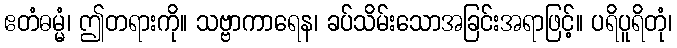
ဧတံဓမ္မံ၊ ဤတရားကို။ သဗ္ဗာကာရေန၊ ခပ်သိမ်းသောအခြင်းအရာဖြင့်။ ပရိပူရိတုံ၊